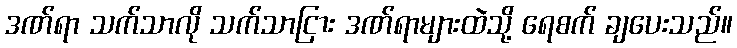
ဒဏ်ရာ သက်သာလို သက်သာငြား ဒဏ်ရာများထဲသို့ ရေစက် ချပေးသည်။